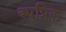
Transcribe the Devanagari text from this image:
क्युप्रिक